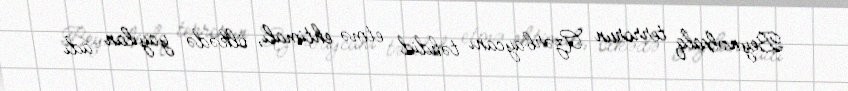
Beynəlxalq terrorun Azərbaycanı təhdid etmə ehtimalı, ölkədə yayılan adı